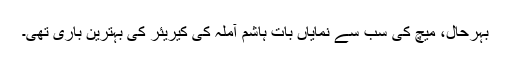
بہرحال، میچ کی سب سے نمایاں بات ہاشم آملہ کی کیریئر کی بہترین باری تھی۔